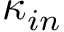
\kappa _ { i n }